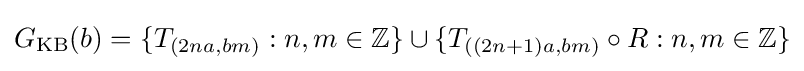
G_{\text{KB}}(b)=\{T_{(2na,bm)}:n,m\in \mathbb {Z} \}\cup \{T_{((2n+1)a,bm)}\circ R:n,m\in \mathbb {Z} \}